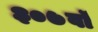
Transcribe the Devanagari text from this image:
३०७वॉ